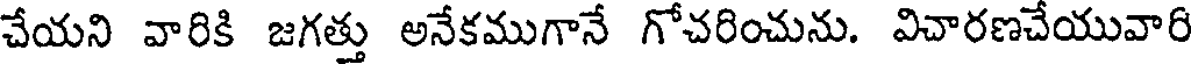
చేయని వారికి జగత్తు అనేకముగానే గోచరించును. విచారణచేయువారి